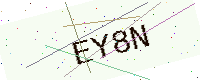
Text: EY8N